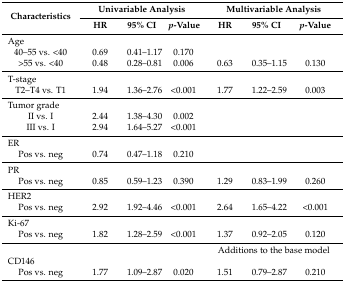
<table><thead><tr><td rowspan="2"><b>Characteristics</b></td><td colspan="3"><b>Univariable Analysis</b></td><td colspan="3"><b>Multivariable Analysis</b></td></tr><tr><td><b>HR</b></td><td><b>95% CI</b></td><td><b><i>p</i>-Value</b></td><td><b>HR</b></td><td><b>95% CI</b></td><td><b><i>p</i>-Value</b></td></tr></thead><tbody><tr><td>Age</td><td></td><td></td><td></td><td></td><td></td><td></td></tr><tr><td>40–55 vs. &lt;40</td><td>0.69</td><td>0.41–1.17</td><td>0.170</td><td></td><td></td><td></td></tr><tr><td>&gt;55 vs. &lt;40</td><td>0.48</td><td>0.28–0.81</td><td>0.006</td><td>0.63</td><td>0.35–1.15</td><td>0.130</td></tr><tr><td>T-stage</td><td></td><td></td><td></td><td></td><td></td><td></td></tr><tr><td>T2–T4 vs. T1</td><td>1.94</td><td>1.36–2.76</td><td>&lt;0.001</td><td>1.77</td><td>1.22–2.59</td><td>0.003</td></tr><tr><td>Tumor grade</td><td></td><td></td><td></td><td></td><td></td><td></td></tr><tr><td>II vs. I</td><td>2.44</td><td>1.38–4.30</td><td>0.002</td><td></td><td></td><td></td></tr><tr><td>III vs. I</td><td>2.94</td><td>1.64–5.27</td><td>&lt;0.001</td><td></td><td></td><td></td></tr><tr><td>ER</td><td></td><td></td><td></td><td></td><td></td><td></td></tr><tr><td>Pos vs. neg</td><td>0.74</td><td>0.47–1.18</td><td>0.210</td><td></td><td></td><td></td></tr><tr><td>PR</td><td></td><td></td><td></td><td></td><td></td><td></td></tr><tr><td>Pos vs. neg</td><td>0.85</td><td>0.59–1.23</td><td>0.390</td><td>1.29</td><td>0.83–1.99</td><td>0.260</td></tr><tr><td>HER2</td><td></td><td></td><td></td><td></td><td></td><td></td></tr><tr><td>Pos vs. neg</td><td>2.92</td><td>1.92–4.46</td><td>&lt;0.001</td><td>2.64</td><td>1.65–4.22</td><td>&lt;0.001</td></tr><tr><td>Ki-67</td><td></td><td></td><td></td><td></td><td></td><td></td></tr><tr><td>Pos vs. neg</td><td>1.82</td><td>1.28–2.59</td><td>&lt;0.001</td><td>1.37</td><td>0.92–2.05</td><td>0.120</td></tr><tr><td></td><td></td><td></td><td></td><td colspan="3">Additions to the base model</td></tr><tr><td>CD146</td><td></td><td></td><td></td><td></td><td></td><td></td></tr><tr><td>Pos vs. neg</td><td>1.77</td><td>1.09–2.87</td><td>0.020</td><td>1.51</td><td>0.79–2.87</td><td>0.210</td></tr></tbody></table>